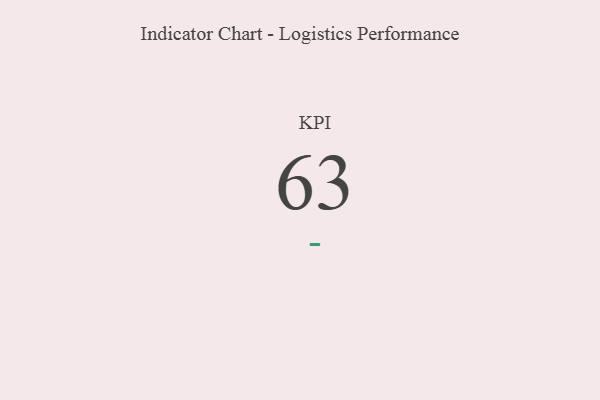
{"axis": {"x": "KPI", "y": "Value"}, "legend": [""], "data": [{"x": "KPI", "y": 63, "type": ""}]}